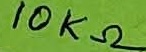
Text: 10KΩ